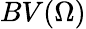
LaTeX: BV(\Omega)